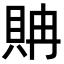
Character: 𧵘